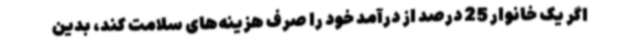
اگر یک خانوار 25 درصد از درآمد خود را صرف هزینه‌های سلامت کند، بدین